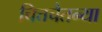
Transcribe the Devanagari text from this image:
चित्तचैतन्या